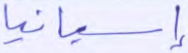
إسبانيا